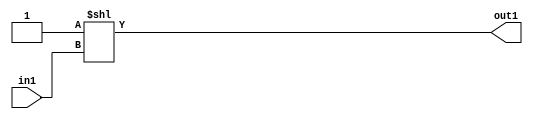
`timescale 1ps / 1ps
/*****************************************************************************
    Verilog RTL Description
    
    
    Created by: Stratus DpOpt 2019.1.01 
*******************************************************************************/

module DC_Filter_DECODE_16U_8_4 (
	in1,
	out1
	); /* architecture "behavioural" */ 
input [3:0] in1;
output [15:0] out1;
wire [15:0] asc001;

assign asc001 = 16'B0000000000000001 << in1;

assign out1 = asc001;
endmodule

/* CADENCE  urn0Qgg= : u9/ySgnWtBlWxVPRXgAZ4Og= ** DO NOT EDIT THIS LINE ******/